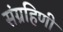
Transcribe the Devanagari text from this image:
संग्रहिणी